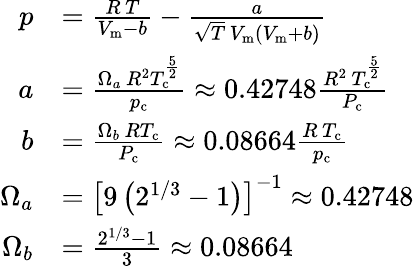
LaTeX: {\begin{array}{rl}{p}&{={\frac{R\, T}{V_{\mathrm{m}}-b}}-{\frac{a}{{\sqrt{T}}\, V_{\mathrm{m}}\left(V_{\mathrm{m}}+b\right)}}}\\ {a}&{={\frac{\Omega_{a}\, R^{2}T_{\mathrm{c}}^{\frac{5}{2}}}{p_{\mathrm{c}}}}\approx 0.42748{\frac{R^{2}\, T_{\mathrm{c}}^{\frac{5}{2}}}{P_{\mathrm{c}}}}}\\ {b}&{={\frac{\Omega_{b}\, RT_{\mathrm{c}}}{P_{\mathrm{c}}}}\approx 0.08664{\frac{R\, T_{\mathrm{c}}}{p_{\mathrm{c}}}}}\\ {\Omega_{a}}&{=\left[9\left(2^{1/3}-1\right)\right]^{-1}\approx 0.42748}\\ {\Omega_{b}}&{={\frac{2^{1/3}-1}{3}}\approx 0.08664}\end{array}}